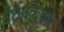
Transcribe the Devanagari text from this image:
बैट्राकिया